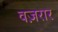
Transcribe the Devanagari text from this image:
वज़रार